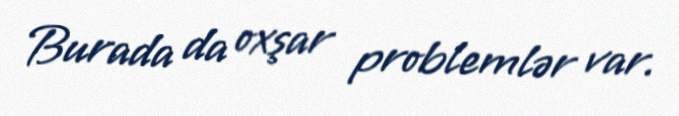
Burada da oxşar problemlər var.